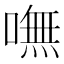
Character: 嘸